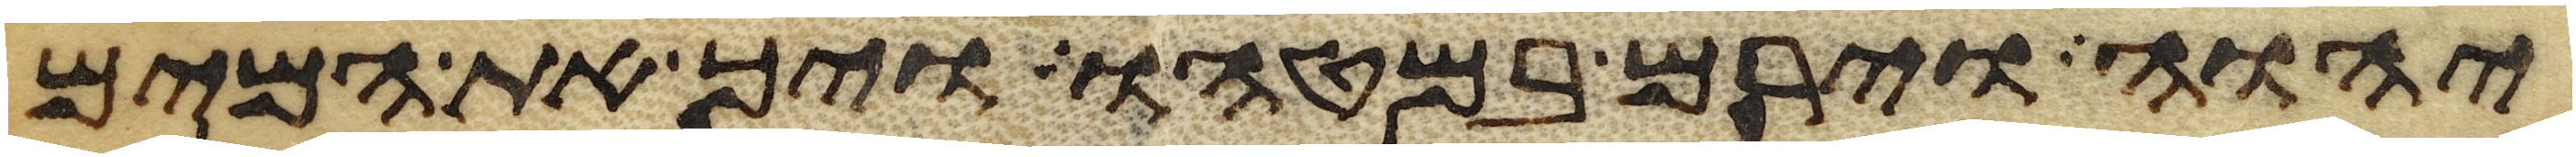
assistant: יהוה וירם במטהו ויך את המים